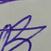
Signature authenticity: forged